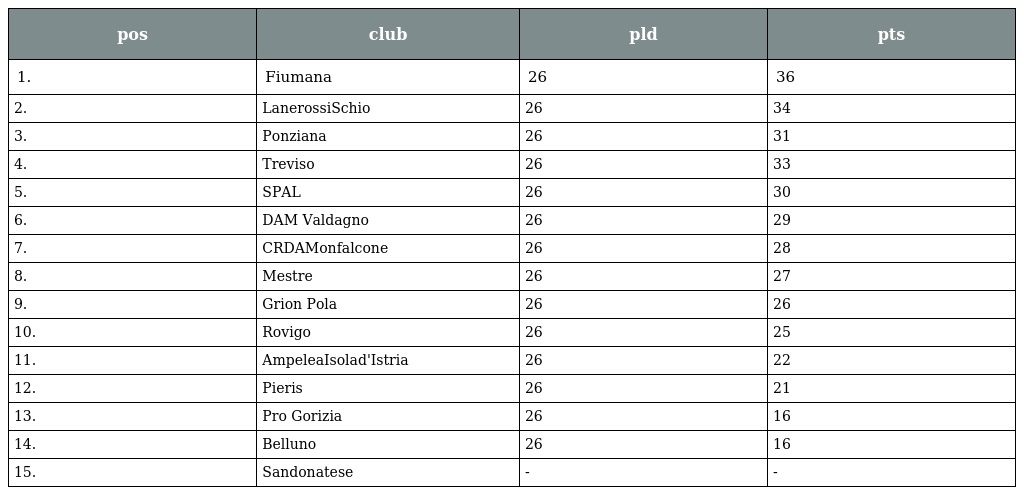
| pos | club | pld | pts |
 | --- | --- | --- | --- |
 | 1. | Fiumana | 26 | 36 |
 | 2. | LanerossiSchio | 26 | 34 |
 | 3. | Ponziana | 26 | 31 |
 | 4. | Treviso | 26 | 33 |
 | 5. | SPAL | 26 | 30 |
 | 6. | DAM Valdagno | 26 | 29 |
 | 7. | CRDAMonfalcone | 26 | 28 |
 | 8. | Mestre | 26 | 27 |
 | 9. | Grion Pola | 26 | 26 |
 | 10. | Rovigo | 26 | 25 |
 | 11. | AmpeleaIsolad'Istria | 26 | 22 |
 | 12. | Pieris | 26 | 21 |
 | 13. | Pro Gorizia | 26 | 16 |
 | 14. | Belluno | 26 | 16 |
 | 15. | Sandonatese | - | - |